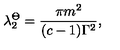
\lambda _ { 2 } ^ { \Theta } = \frac { \pi m ^ { 2 } } { ( c - 1 ) \Gamma ^ { 2 } } ,